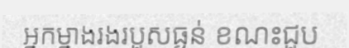
អ្នកម្នាងរងរបួសធ្ងន់ ខណះជួប